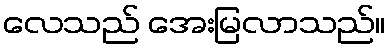
လေသည် အေးမြလာသည်။